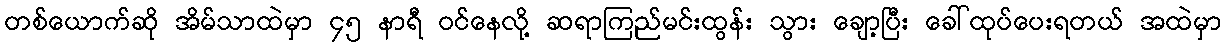
တစ်ယောက်ဆို အိမ်သာထဲမှာ ၄၅ နာရီ ဝင်နေလို့ ဆရာကြည်မင်းထွန်း သွား ချော့ပြီး ခေါ်ထုပ်ပေးရတယ် အထဲမှာ